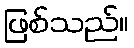
ဖြစ်သည်။